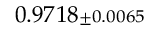
0 . 9 7 1 8 { \scriptstyle \pm 0 . 0 0 6 5 }